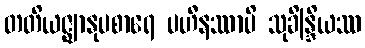
တတိယဇ္ဈာနုပစာရေ ပဟီနဿာပိ သုခိန္ဒြိယဿ